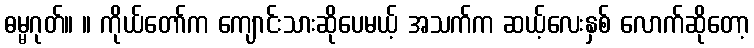
ဓမ္မဂုတ်။ ။ ကိုယ်တော်က ကျောင်းသားဆိုပေမယ့် အသက်က ဆယ့်လေးနှစ် လောက်ဆိုတော့